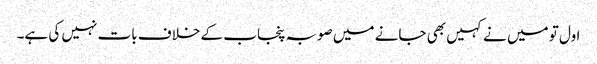
اول تو میں نے کہیں بھی جانے میں صوبہ پنجاب کے خلاف بات نہیں کی ہے۔